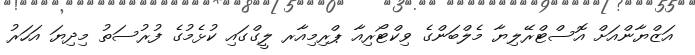
އަޒްޔާންއަށް އޮސްޓްރޭލިޔާ މެލްބަންގެ ވިކްޓޯރިއާ ޕްރިމިއާރ ލީގްގައި ކުޅެމުގެ ފުރުސަތު މިދިޔަ އަހަރު